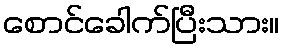
စောင်ခေါက်ပြီးသား။